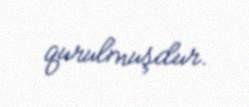
qurulmuşdur.